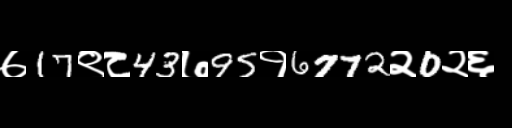
Text: ७17९८43७95१6772२0२६